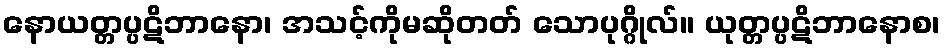
နောယတ္တပ္ပဋိဘာနော၊ အသင့်ကိုမဆိုတတ် သောပုဂ္ဂိုလ်။ ယုတ္တပ္ပဋိဘာနောစ၊